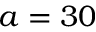
a = 3 0